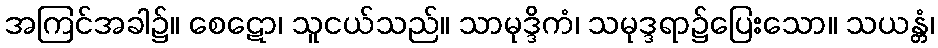
အကြင်အခါ၌။ စေဋော၊ သူငယ်သည်။ သာမုဒ္ဒိကံ၊ သမုဒ္ဒရာ၌ပြေးသော။ သယန္တံ၊